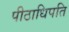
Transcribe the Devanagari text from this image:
पीठाधिपति